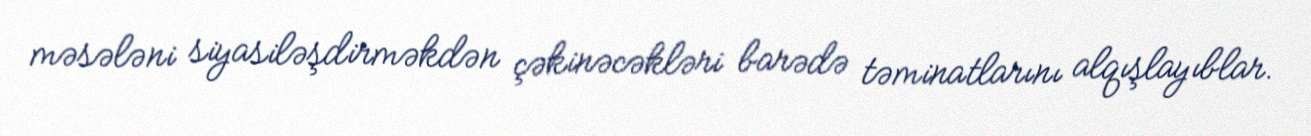
məsələni siyasiləşdirməkdən çəkinəcəkləri barədə təminatlarını alqışlayıblar.